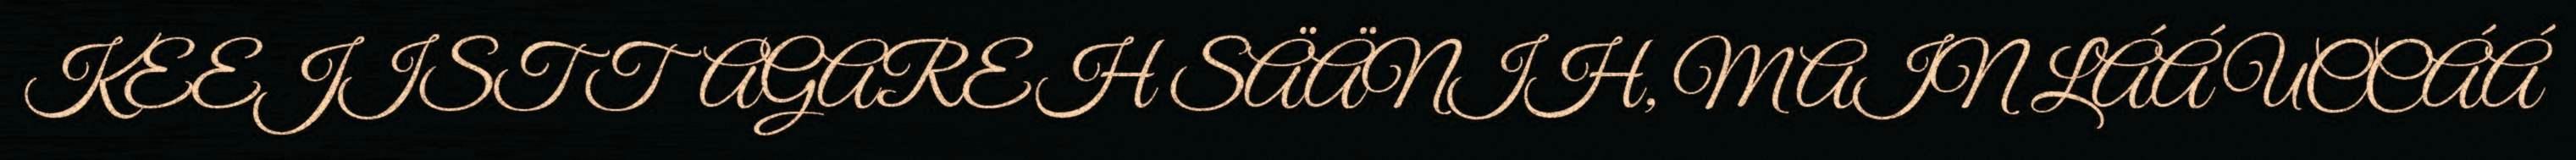
KEEJIST TAGAREH SÄÄNIH, MAIN LÁÁ UCCÁÁ